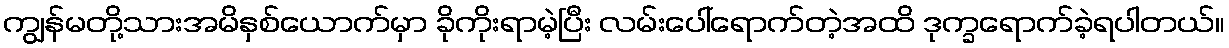
ကျွန်မတို့သားအမိနှစ်ယောက်မှာ ခိုကိုးရာမဲ့ပြီး လမ်းပေါ်ရောက်တဲ့အထိ ဒုက္ခရောက်ခဲ့ရပါတယ်။